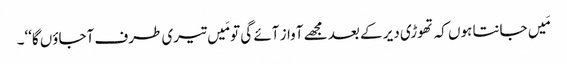
مَیں جانتا ہوں کہ تھوڑی دیر کے بعد مجھے آواز آئے گی تو مَیں تیری طرف آجاؤں گا‘‘۔